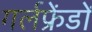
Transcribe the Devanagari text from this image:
गर्लफ्रेंडों